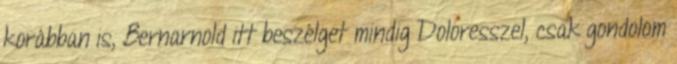
korábban is, Bernarnold itt beszélget mindig Doloresszel, csak gondolom